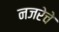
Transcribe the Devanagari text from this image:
नजरेचे